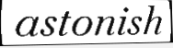
astonish